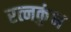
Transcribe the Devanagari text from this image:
रत्नकुंभ